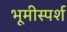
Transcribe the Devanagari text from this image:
भूमीस्पर्श